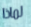
لماذا